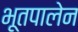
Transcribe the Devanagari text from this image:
भूतपालेन